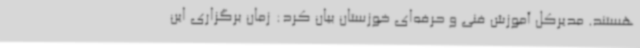
هستند. مدیرکل آموزش فنی و حرفه‌ای خوزستان بیان کرد: زمان برگزاری این